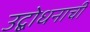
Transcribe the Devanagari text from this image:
उद्बोधनाची